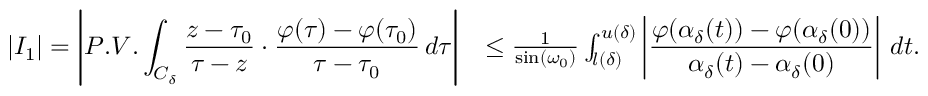
\begin{array} { r l } { \displaystyle \left\lvert I _ { 1 } \right\rvert = \displaystyle \Biggl \lvert P . V . \int _ { C _ { \delta } } \frac { z - \tau _ { 0 } } { \tau - z } \cdot \frac { \varphi ( \tau ) - \varphi ( \tau _ { 0 } ) } { \tau - \tau _ { 0 } } \, d \tau \Biggr \rvert } & { \leq \frac { 1 } { \sin ( \omega _ { 0 } ) } \int _ { l ( \delta ) } ^ { u ( \delta ) } \displaystyle \left\lvert \frac { \varphi ( \alpha _ { \delta } ( t ) ) - \varphi ( \alpha _ { \delta } ( 0 ) ) } { \alpha _ { \delta } ( t ) - \alpha _ { \delta } ( 0 ) } \right\rvert \, d t . } \end{array}